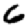
Digit: 6